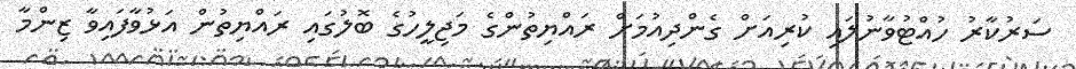
ސަރުކާރު ހުއްޓުވާނުލައި ކުރިއަށް ގެންދިއުމަށް ރައްޔިތުންގެ މަޖިލީހުގެ ބޮލުގައި ރައްޔިތުން އަޅުވާފައިވާ ޒިންމާ